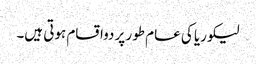
لیکوریا کی عام طور پر دواقسام ہوتی ہیں۔